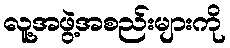
လူ့အဖွဲ့အစည်းများကို